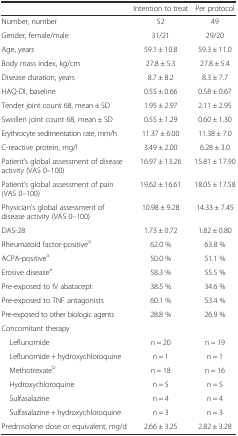
|  | Intention to treat | Per protocol |
 | --- | --- | --- |
 | Number, number | 52 | 49 |
 | Gender, female/male | 31/21 | 29/20 |
 | Age, years | 59.1 ± 10.8 | 59.3 ± 11.0 |
 | Body mass index, kg/cm | 27.8 ± 5.3 | 27.8 ± 5.4 |
 | Disease duration, years | 8.7 ± 8.2 | 8.3 ± 7.7 |
 | HAQ-DI, baseline | 0.55 ± 0.66 | 0.58 ± 0.67 |
 | Tender joint count 68, mean ± SD | 1.95 ± 2.97 | 2.11 ± 2.95 |
 | Swollen joint count 68, mean ± SD | 0.55 ± 1.29 | 0.60 ± 1.30 |
 | Erythrocyte sedimentation rate, mm/h | 11.37 ± 6.00 | 11.38 ± 7.0 |
 | C-reactive protein, mg/l | 3.49 ± 2.00 | 6.28 ± 3.0 |
 | Patient’s global assessment of disease activity (VAS 0–100) | 16.97 ± 13.26 | 15.81 ± 17.90 |
 | Patient’s global assessment of pain (VAS 0–100) | 19.62 ± 16.61 | 18.05 ± 17.58 |
 | Physician’s global assessment of disease activity (VAS 0–100) | 10.98 ± 9.28 | 14.33 ± 7.45 |
 | DAS-28 | 1.73 ± 0.72 | 1.82 ± 0.80 |
 | Rheumatoid factor-positivea | 62.0 % | 63.8 % |
 | ACPA-positivea | 50.0 % | 51.1 % |
 | Erosive diseasea | 58.3 % | 55.5 % |
 | Pre-exposed to IV abatacept | 38.5 % | 34.6 % |
 | Pre-exposed to TNF antagonists | 60.1 % | 53.4 % |
 | Pre-exposed to other biologic agents | 28.8 % | 26.9 % |
 | Concomitant therapy |  |  |
 | Leflunomide | n = 20 | n = 19 |
 | Leflunomide + hydroxychloroquine | n = 1 | n = 1 |
 | Methotrexateb | n = 18 | n = 16 |
 | Hydroxychloroquine | n = 5 | n = 5 |
 | Sulfasalazine | n = 4 | n = 4 |
 | Sulfasalazine + hydroxychloroquine | n = 3 | n = 3 |
 | Prednisolone dose or equivalent, mg/d | 2.66 ± 3.25 | 2.82 ± 3.28 |